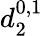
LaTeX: d_{2}^{0,1}